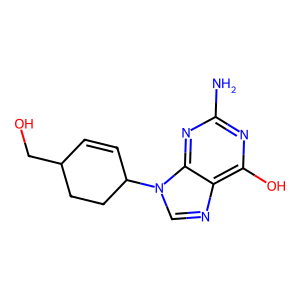
SMILES: Nc1nc(O)c2ncn(C3C=CC(CO)CC3)c2n1
Inhibits HIV replication: No